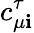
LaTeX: c_{\mu\mathbf{i}}^{\tau}